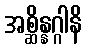
အစ္ဆိန္နဂ္ဂါနိ